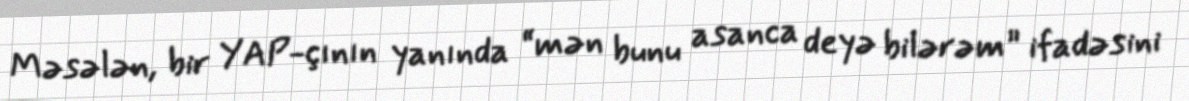
Məsələn, bir YAP-çının yanında “mən bunu asanca deyə bilərəm” ifadəsini